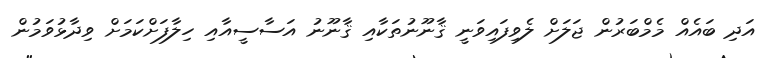
އަދި ބައެއް މެމްބަރުން ޖަލަށް ލެވިފައިވަނީ ޤާނޫނުތަކާއި ޤާނޫނު އަސާސީއާއި ހިލާފަށްކަމަށް ވިދާޅުވަމުން